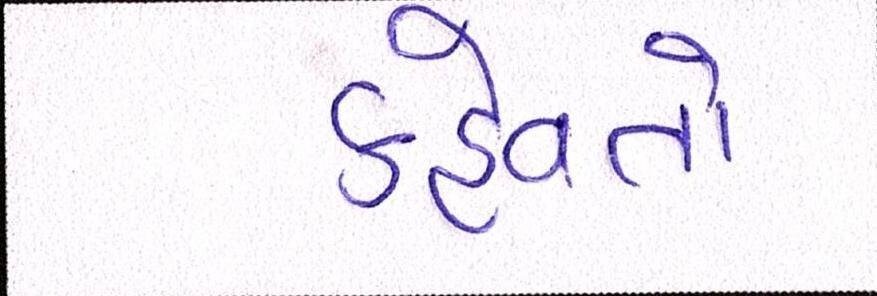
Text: કહેવતો